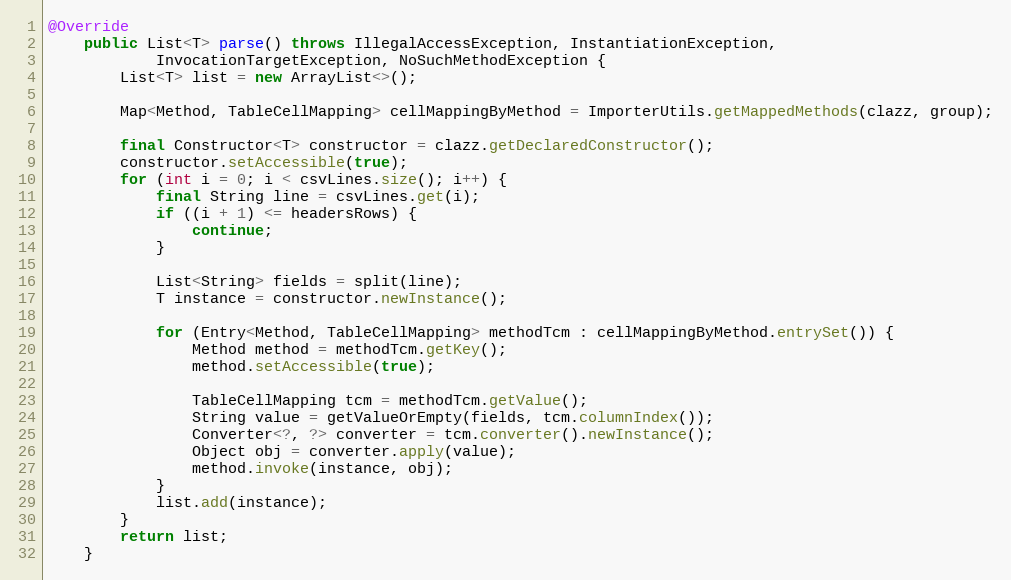
Language: Java
@Override
    public List<T> parse() throws IllegalAccessException, InstantiationException,
            InvocationTargetException, NoSuchMethodException {
        List<T> list = new ArrayList<>();

        Map<Method, TableCellMapping> cellMappingByMethod = ImporterUtils.getMappedMethods(clazz, group);

        final Constructor<T> constructor = clazz.getDeclaredConstructor();
        constructor.setAccessible(true);
        for (int i = 0; i < csvLines.size(); i++) {
            final String line = csvLines.get(i);
            if ((i + 1) <= headersRows) {
                continue;
            }

            List<String> fields = split(line);
            T instance = constructor.newInstance();

            for (Entry<Method, TableCellMapping> methodTcm : cellMappingByMethod.entrySet()) {
                Method method = methodTcm.getKey();
                method.setAccessible(true);

                TableCellMapping tcm = methodTcm.getValue();
                String value = getValueOrEmpty(fields, tcm.columnIndex());
                Converter<?, ?> converter = tcm.converter().newInstance();
                Object obj = converter.apply(value);
                method.invoke(instance, obj);
            }
            list.add(instance);
        }
        return list;
    }